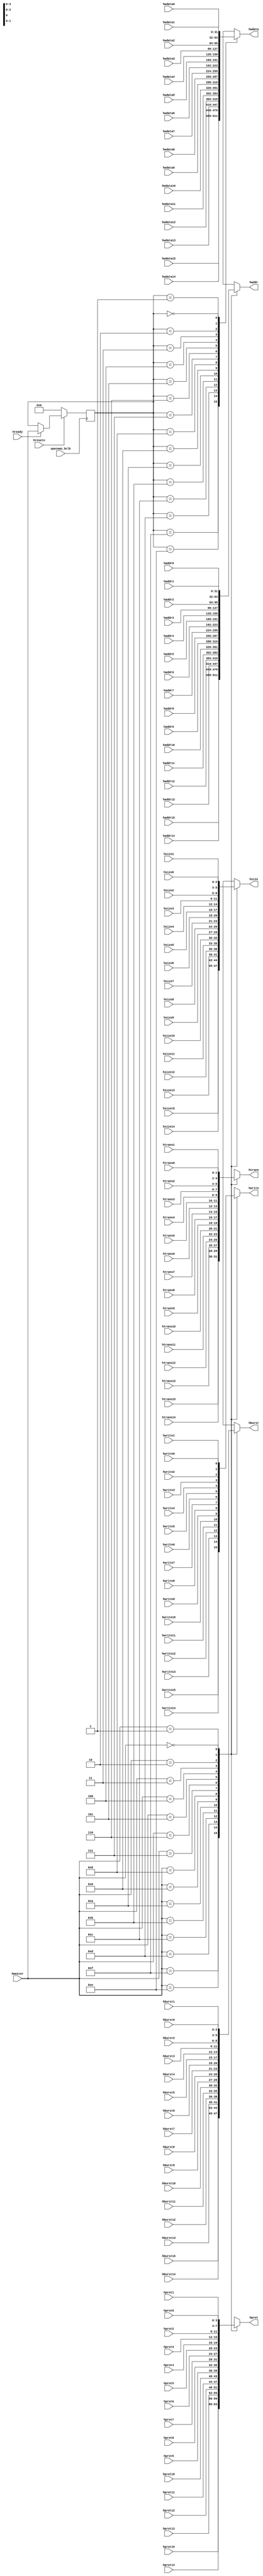
/*-------------------------------------------------------------------------
File name   : master_mux.v
Title       : Master Mux
Project     : APB subsystem
Created     : November 2010
Description : Master Mux Block

Notes       : 
-------------------------------------------------------------------------*/
//   Copyright 1999-2010 Cadence Design Systems, Inc.
//   All Rights Reserved Worldwide
//
//   Licensed under the Apache License, Version 2.0 (the
//   "License"); you may not use this file except in
//   compliance with the License.  You may obtain a copy of
//   the License at
//
//   http://www.apache.org/licenses/LICENSE-2.0
//
//   Unless required by applicable law or agreed to in
//   writing, software distributed under the License is
//   distributed on an "AS IS" BASIS, WITHOUT WARRANTIES OR
//   CONDITIONS OF ANY KIND, either express or implied.  See
//   the License for the specific language governing
//   permissions and limitations under the License.
//----------------------------------------------------------------------

`timescale 1ns/10ps

`define AHB_DATA_WIDTH          32              // AHB bus data width [32/64]
`define AHB_ADDR_WIDTH          32              // AHB bus address width [32/64]
`define AHB_DATA_MAX_BIT        31              // MUST BE: AHB_DATA_WIDTH - 1
`define AHB_ADDRESS_MAX_BIT     31              // MUST BE: AHB_ADDR_WIDTH - 1


`define DEFAULT_HWDATA_VALUE    {`AHB_DATA_WIDTH{1'b0}} // All zeros
`define DEFAULT_HADDR_VALUE     {`AHB_ADDR_WIDTH{1'b0}} // All zeros
`define DEFAULT_HTRANS_VALUE    2'b00                  // IDLE
`define DEFAULT_HWRITE_VALUE    1'b0                    // READ
`define DEFAULT_HBURST_VALUE    3'b000                  // SINGLE
`define DEFAULT_HSIZE_VALUE     3'b010                  // WORD
`define DEFAULT_HPROT_VALUE     4'b0011                 // NON_CACHE, NON_BUFFERABLE, PRIVALIGED, DATA


module master_mux(//Input
                  haddr0  , haddr1  , haddr2  , haddr3  ,
	          haddr4  , haddr5  , haddr6  , haddr7  ,
	          haddr8  , haddr9  , haddr10 , haddr11 ,   
	          haddr12 , haddr13 , haddr14 , haddr15 ,
  
	          htrans0  , htrans1  , htrans2  , htrans3  ,
	          htrans4  , htrans5  , htrans6  , htrans7  ,
	          htrans8  , htrans9  , htrans10 , htrans11 ,   
	          htrans12 , htrans13 , htrans14 , htrans15 ,
	     
	          hwrite0  , hwrite1  , hwrite2  , hwrite3  ,
	          hwrite4  , hwrite5  , hwrite6  , hwrite7  ,
	          hwrite8  , hwrite9  , hwrite10 , hwrite11 ,   
	          hwrite12 , hwrite13 , hwrite14 , hwrite15 ,
	     
	          hburst0  , hburst1  , hburst2  , hburst3  ,
	          hburst4  , hburst5  , hburst6  , hburst7  ,
	          hburst8  , hburst9  , hburst10 , hburst11 ,   
	          hburst12 , hburst13 , hburst14 , hburst15 ,
	     
	          hsize0  , hsize1  , hsize2  , hsize3  ,
	          hsize4  , hsize5  , hsize6  , hsize7  ,
	          hsize8  , hsize9  , hsize10 , hsize11 ,   
	          hsize12 , hsize13 , hsize14 , hsize15 ,
	     
	          hprot0  , hprot1  , hprot2  , hprot3  ,
	          hprot4  , hprot5  , hprot6  , hprot7  ,
	          hprot8  , hprot9  , hprot10 , hprot11 ,   
	          hprot12 , hprot13 , hprot14 , hprot15 ,

	          hmaster,  
                  
                  hwdata0  , hwdata1  , hwdata2  , hwdata3  ,
	          hwdata4  , hwdata5  , hwdata6  , hwdata7  ,
	          hwdata8  , hwdata9  , hwdata10 , hwdata11 ,
	          hwdata12 , hwdata13 , hwdata14 , hwdata15 ,
                
                  specman_hclk, hresetn, hready,
                  
                  //Output
                  haddr , htrans , hwrite , hburst ,
                  hsize , hprot  ,hwdata);

 


input [`AHB_ADDRESS_MAX_BIT : 0]    haddr0  , haddr1  , haddr2  , haddr3;
input [`AHB_ADDRESS_MAX_BIT : 0]    haddr4  , haddr5  , haddr6  , haddr7;
input [`AHB_ADDRESS_MAX_BIT : 0]    haddr8  , haddr9  , haddr10 , haddr11;   
input [`AHB_ADDRESS_MAX_BIT : 0]    haddr12 , haddr13 , haddr14 , haddr15;
  
input [1:0]	  htrans0  , htrans1  , htrans2  , htrans3;
input [1:0]	  htrans4  , htrans5  , htrans6  , htrans7;
input [1:0]	  htrans8  , htrans9  , htrans10 , htrans11;   
input [1:0]	  htrans12 , htrans13 , htrans14 , htrans15;
	     
input	          hwrite0  , hwrite1  , hwrite2  , hwrite3;
input	          hwrite4  , hwrite5  , hwrite6  , hwrite7;
input	          hwrite8  , hwrite9  , hwrite10 , hwrite11;   
input	          hwrite12 , hwrite13 , hwrite14 , hwrite15;
	     
input [2:0]	  hburst0  , hburst1  , hburst2  , hburst3;
input [2:0]	  hburst4  , hburst5  , hburst6  , hburst7;
input [2:0]	  hburst8  , hburst9  , hburst10 , hburst11;   
input [2:0]        hburst12 , hburst13 , hburst14 , hburst15;
	     
input [2:0]        hsize0  , hsize1  , hsize2  , hsize3;
input [2:0]	  hsize4  , hsize5  , hsize6  , hsize7;
input [2:0]	  hsize8  , hsize9  , hsize10 , hsize11;   
input [2:0]	  hsize12 , hsize13 , hsize14 , hsize15;
	     
input [3:0]        hprot0  , hprot1  , hprot2  , hprot3;
input [3:0]        hprot4  , hprot5  , hprot6  , hprot7;
input [3:0]        hprot8  , hprot9  , hprot10 , hprot11;   
input [3:0]        hprot12 , hprot13 , hprot14 , hprot15;

input [3:0]        hmaster;
                  
input [`AHB_DATA_MAX_BIT : 0]  hwdata0  , hwdata1  , hwdata2  , hwdata3;
input [`AHB_DATA_MAX_BIT : 0]  hwdata4  , hwdata5  , hwdata6  , hwdata7;
input [`AHB_DATA_MAX_BIT : 0]  hwdata8  , hwdata9  , hwdata10 , hwdata11;
input [`AHB_DATA_MAX_BIT : 0]  hwdata12 , hwdata13 , hwdata14 , hwdata15;
                
input              specman_hclk;
input              hresetn;
input              hready;

output [`AHB_ADDRESS_MAX_BIT : 0] haddr; 
output [1:0]                      htrans;
output                            hwrite;
output [2:0]                      hburst;
output [2:0]                      hsize; 
output [3:0]                      hprot; 
output [`AHB_DATA_MAX_BIT : 0]    hwdata;




wire [`AHB_ADDRESS_MAX_BIT : 0]    haddr0  , haddr1  , haddr2  , haddr3;
wire [`AHB_ADDRESS_MAX_BIT : 0]    haddr4  , haddr5  , haddr6  , haddr7;
wire [`AHB_ADDRESS_MAX_BIT : 0]    haddr8  , haddr9  , haddr10 , haddr11;   
wire [`AHB_ADDRESS_MAX_BIT : 0]    haddr12 , haddr13 , haddr14 , haddr15;
  
wire [1:0]	  htrans0  , htrans1  , htrans2  , htrans3;
wire [1:0]	  htrans4  , htrans5  , htrans6  , htrans7;
wire [1:0]	  htrans8  , htrans9  , htrans10 , htrans11;   
wire [1:0]	  htrans12 , htrans13 , htrans14 , htrans15;
	     
wire	          hwrite0  , hwrite1  , hwrite2  , hwrite3;
wire	          hwrite4  , hwrite5  , hwrite6  , hwrite7;
wire	          hwrite8  , hwrite9  , hwrite10 , hwrite11;   
wire	          hwrite12 , hwrite13 , hwrite14 , hwrite15;
	     
wire [2:0]	  hburst0  , hburst1  , hburst2  , hburst3;
wire [2:0]	  hburst4  , hburst5  , hburst6  , hburst7;
wire [2:0]	  hburst8  , hburst9  , hburst10 , hburst11;   
wire [2:0]        hburst12 , hburst13 , hburst14 , hburst15;
	     
wire [2:0]        hsize0  , hsize1  , hsize2  , hsize3;
wire [2:0]	  hsize4  , hsize5  , hsize6  , hsize7;
wire [2:0]	  hsize8  , hsize9  , hsize10 , hsize11;   
wire [2:0]	  hsize12 , hsize13 , hsize14 , hsize15;
	     
wire [3:0]        hprot0  , hprot1  , hprot2  , hprot3;
wire [3:0]        hprot4  , hprot5  , hprot6  , hprot7;
wire [3:0]        hprot8  , hprot9  , hprot10 , hprot11;   
wire [3:0]        hprot12 , hprot13 , hprot14 , hprot15;

wire [3:0]        hmaster;
                  
wire [`AHB_DATA_MAX_BIT : 0]  hwdata0  , hwdata1  , hwdata2  , hwdata3;
wire [`AHB_DATA_MAX_BIT : 0]  hwdata4  , hwdata5  , hwdata6  , hwdata7;
wire [`AHB_DATA_MAX_BIT : 0]  hwdata8  , hwdata9  , hwdata10 , hwdata11;
wire [`AHB_DATA_MAX_BIT : 0]  hwdata12 , hwdata13 , hwdata14 , hwdata15;
                
wire              specman_hclk;
wire              hresetn;
wire              hready;


reg [`AHB_ADDRESS_MAX_BIT : 0] haddr; 
reg [1:0]                      htrans;
reg                            hwrite;
reg [2:0]                      hburst;
reg [2:0]                      hsize; 
reg [3:0]                      hprot; 
reg [`AHB_DATA_MAX_BIT : 0]    hwdata;

reg [3:0] hmaster_dly; 




  always @ ( posedge specman_hclk )
  begin : MASTER_DATA_MUX_CONTROL
      
    if ( !hresetn )
    begin
      hmaster_dly <= 4'h0;
    end // if ( !hresetn )
    else
      if ( hready )
      begin
	hmaster_dly <= hmaster;
      end // if ( hready )
  end // block: DATA_MUX_CONTROL



  always @ ( haddr0  or haddr1  or haddr2  or haddr3  or
	     haddr4  or haddr5  or haddr6  or haddr7  or
	     haddr8  or haddr9  or haddr10 or haddr11 or   
	     haddr12 or haddr13 or haddr14 or haddr15 or
  
	     htrans0  or htrans1  or htrans2  or htrans3  or
	     htrans4  or htrans5  or htrans6  or htrans7  or
	     htrans8  or htrans9  or htrans10 or htrans11 or   
	     htrans12 or htrans13 or htrans14 or htrans15 or
	     
	     hwrite0  or hwrite1  or hwrite2  or hwrite3  or
	     hwrite4  or hwrite5  or hwrite6  or hwrite7  or
	     hwrite8  or hwrite9  or hwrite10 or hwrite11 or   
	     hwrite12 or hwrite13 or hwrite14 or hwrite15 or
	     
	     hburst0  or hburst1  or hburst2  or hburst3  or
	     hburst4  or hburst5  or hburst6  or hburst7  or
	     hburst8  or hburst9  or hburst10 or hburst11 or   
	     hburst12 or hburst13 or hburst14 or hburst15 or
	     
	     hsize0  or hsize1  or hsize2  or hsize3  or
	     hsize4  or hsize5  or hsize6  or hsize7  or
	     hsize8  or hsize9  or hsize10 or hsize11 or   
	     hsize12 or hsize13 or hsize14 or hsize15 or
	     
	     hprot0  or hprot1  or hprot2  or hprot3  or
	     hprot4  or hprot5  or hprot6  or hprot7  or
	     hprot8  or hprot9  or hprot10 or hprot11 or   
	     hprot12 or hprot13 or hprot14 or hprot15 or

	     hmaster )
  begin : MASTER_TRANS_MUX

    case ( hmaster )

      4'hf : begin
	
	haddr  <= haddr15;
	htrans <= htrans15;
	hwrite <= hwrite15;
	hburst <= hburst15;
	hsize  <= hsize15;
	hprot  <= hprot15;
	
      end // case: 4'hf

      4'he : begin
	
	haddr  <= haddr14;
	htrans <= htrans14;
	hwrite <= hwrite14;
	hburst <= hburst14;
	hsize  <= hsize14;
	hprot  <= hprot14;

      end // case: 4'he

      4'hd : begin
	
	haddr  <= haddr13;
	htrans <= htrans13;
	hwrite <= hwrite13;
	hburst <= hburst13;
	hsize  <= hsize13;
	hprot  <= hprot13;

      end // case: 4'hd

      4'hc : begin
	
	haddr  <= haddr12;
	htrans <= htrans12;
	hwrite <= hwrite12;
	hburst <= hburst12;
	hsize  <= hsize12;
	hprot  <= hprot12;

      end // case: 4'hc

      4'hb : begin
	
	haddr  <= haddr11;
	htrans <= htrans11;
	hwrite <= hwrite11;
	hburst <= hburst11;
	hsize  <= hsize11;
	hprot  <= hprot11;

      end // case: 4'hb

      4'ha : begin
	
	haddr  <= haddr10;
	htrans <= htrans10;
	hwrite <= hwrite10;
	hburst <= hburst10;
	hsize  <= hsize10;
	hprot  <= hprot10;

      end // case: 4'ha

      4'h9 : begin
	
	haddr  <= haddr9;
	htrans <= htrans9;
	hwrite <= hwrite9;
	hburst <= hburst9;
	hsize  <= hsize9;
	hprot  <= hprot9;

      end // case: 4'h9

      4'h8 : begin
	
	haddr  <= haddr8;
	htrans <= htrans8;
	hwrite <= hwrite8;
	hburst <= hburst8;
	hsize  <= hsize8;
	hprot  <= hprot8;

      end // case: 4'h8

      4'h7 : begin
      	
	haddr  <= haddr7;
	htrans <= htrans7;
	hwrite <= hwrite7;
	hburst <= hburst7;
	hsize  <= hsize7;
	hprot  <= hprot7;

      end // case: 4'h7

      4'h6 : begin
      	
	haddr  <= haddr6;
	htrans <= htrans6;
	hwrite <= hwrite6;
	hburst <= hburst6;
	hsize  <= hsize6;
	hprot  <= hprot6;

      end // case: 4'h6

      4'h5 : begin
      	
	haddr  <= haddr5;
	htrans <= htrans5;
	hwrite <= hwrite5;
	hburst <= hburst5;
	hsize  <= hsize5;
	hprot  <= hprot5;

      end // case: 4'h5

      4'h4 : begin
      	
	haddr  <= haddr4;
	htrans <= htrans4;
	hwrite <= hwrite4;
	hburst <= hburst4;
	hsize  <= hsize4;
	hprot  <= hprot4;

      end // case: 4'h4

      4'h3 : begin
      	
	haddr  <= haddr3;
	htrans <= htrans3;
	hwrite <= hwrite3;
	hburst <= hburst3;
	hsize  <= hsize3;
	hprot  <= hprot3;

      end // case: 4'h3

      4'h2 : begin
      	
	haddr  <= haddr2;
	htrans <= htrans2;
	hwrite <= hwrite2;
	hburst <= hburst2;
	hsize  <= hsize2;
	hprot  <= hprot2;

      end // case: 4'h2

      4'h1 : begin
      	
	haddr  <= haddr1;
	htrans <= htrans1;
	hwrite <= hwrite1;
	hburst <= hburst1;
	hsize  <= hsize1;
	hprot  <= hprot1;

      end // case: 4'h1

      4'h0 : begin
      	
	haddr  <= haddr0;
	htrans <= htrans0;
	hwrite <= hwrite0;
	hburst <= hburst0;
	hsize  <= hsize0;
	hprot  <= hprot0;

      end // case: 4'h0

      default : begin : MUX_IN_MASTER_UNDEFINE
     
	haddr  <= `DEFAULT_HADDR_VALUE;
	htrans <= `DEFAULT_HTRANS_VALUE;
	hwrite <= `DEFAULT_HWRITE_VALUE;
	hburst <= `DEFAULT_HBURST_VALUE;
	hsize  <= `DEFAULT_HSIZE_VALUE;
	hprot  <= `DEFAULT_HPROT_VALUE;
	
      end // block: MUX_IN_MASTER_UNDEFINE
    endcase // case( hmaster )
  end // block: MASTER_TRANS_MUX
       
  // hwdata  multiplexor - See section 3.11.3 for desctiption of the 
  // write data multiplexor.
   
  always @ ( hwdata0  or hwdata1  or hwdata2  or hwdata3  or
	     hwdata4  or hwdata5  or hwdata6  or hwdata7  or
	     hwdata8  or hwdata9  or hwdata10 or hwdata11 or
	     hwdata12 or hwdata13 or hwdata14 or hwdata15 or
             hmaster_dly )

  begin : WRITE_DATA_MUX
      
    case ( hmaster_dly )
        
      4'hf    : hwdata <= hwdata15;
      4'he    : hwdata <= hwdata14;         
      4'hd    : hwdata <= hwdata13;         
      4'hc    : hwdata <= hwdata12;         
      4'hb    : hwdata <= hwdata11;         
      4'ha    : hwdata <= hwdata10;        
      4'h9    : hwdata <= hwdata9;          
      4'h8    : hwdata <= hwdata8;
      4'h7    : hwdata <= hwdata7;          
      4'h6    : hwdata <= hwdata6;
      4'h5    : hwdata <= hwdata5;
      4'h4    : hwdata <= hwdata4;
      4'h3    : hwdata <= hwdata3;
      4'h2    : hwdata <= hwdata2;
      4'h1    : hwdata <= hwdata1;
      4'h0    : hwdata <= hwdata0;
      default  : hwdata  <= `DEFAULT_HWDATA_VALUE;

    endcase // case( hmaster_dly )
  end // block: WRITE_DATA_MUX
  
endmodule